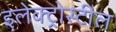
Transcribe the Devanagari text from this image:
इलेक्ट्रोस्टील